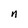
Character: n